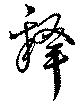
釋